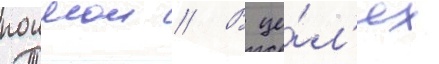
поимои // В це́л'ях